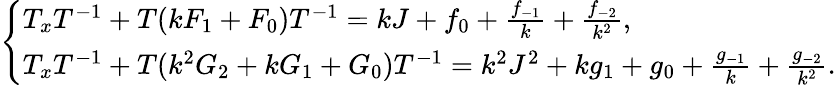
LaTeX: \begin{array}{r}{\left\{ \begin{array}{ll}{T_{x}T^{-1}+T(kF_{1}+F_{0})T^{-1}=kJ+f_{0}+\frac{f_{-1}}{k}+\frac{f_{-2}}{k^{2}},}\\ {T_{x}T^{-1}+T(k^{2}G_{2}+kG_{1}+G_{0})T^{-1}=k^{2}J^{2}+kg_{1}+g_{0}+\frac{g_{-1}}{k}+\frac{g_{-2}}{k^{2}}.}\end{array}\right.}\end{array}